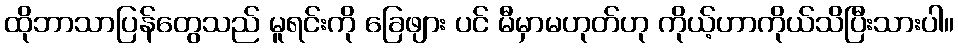
ထိုဘာသာပြန်တွေသည် မူရင်းကို ခြေဖျား ပင် မီမှာမဟုတ်ဟု ကိုယ့်ဟာကိုယ်သိပြီးသားပါ။